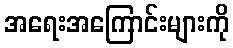
အရေးအကြောင်းများကို